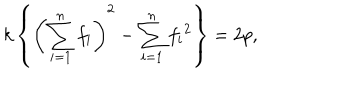
k \left\{ \left( \sum _ { i = 1 } ^ { n } f _ { i } \right) ^ { 2 } - \sum _ { i = 1 } ^ { n } f _ { i } { } ^ { 2 } \right\} = 2 p ,